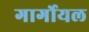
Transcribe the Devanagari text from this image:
गार्गोयल